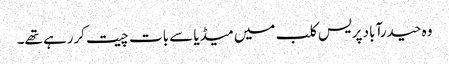
وہ حیدرآباد پریس کلب میں میڈیا سے بات چیت کررہے تھے۔